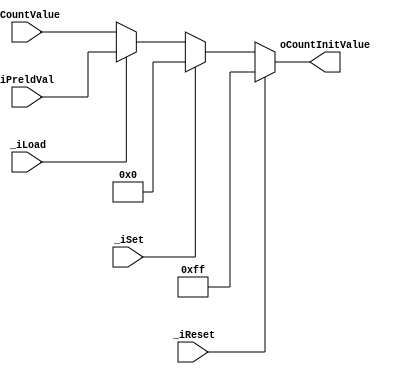
module InitSel(oCountInitValue, _iReset, _iSet, _iLoad, iPreldVal, iCountValue);
parameter CountWidth = 8;

input _iReset, _iSet, _iLoad;
input [CountWidth-1:0] iCountValue, iPreldVal;
output [CountWidth-1:0] oCountInitValue;

reg [CountWidth-1:0] oCountInitValue;

	
//g. The priority of the control signal is _areset > _aset > _load. 
//   This is to avoid un-intentionally activate these three signals at the same time.
	always@(_iReset, _iSet, _iLoad, iCountValue, iPreldVal)
	begin
//e. _areset =1 makes the counter set to zero asynchronously, while 
//       _aset =1 let the counter set to its maximum value asynchronously. 
//   If none of them are high, the counter is operated regularly.
		if (_iReset == 1)
			oCountInitValue = 8'b1111_1111;
		else if (_iSet == 1)
		   oCountInitValue = 8'b0000_0000;
//f. If the signal load is active (high), 
//   the the preload value (preld-val) will be loaded, 
//   otherwise, no effect to the counter.
		else if (_iLoad == 1)
		   oCountInitValue = iPreldVal;
		else
		   oCountInitValue = iCountValue;
	end
	
endmodule